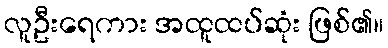
လူဦးရေကား အထူထပ်ဆုံး ဖြစ်၏။